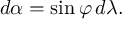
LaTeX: d \alpha = \sin \varphi \, d \lambda .